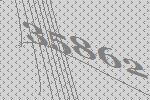
35862